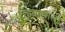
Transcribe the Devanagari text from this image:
शेंड्याखाली